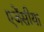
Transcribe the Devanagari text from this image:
एजेंसीया